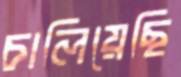
চালিয়েছি